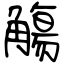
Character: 觴